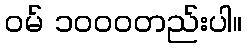
ဝမ် ၁၀၀၀တည်းပါ။